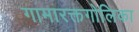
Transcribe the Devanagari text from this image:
गामारक्तगोलिका